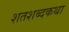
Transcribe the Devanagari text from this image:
शतशब्दकथा